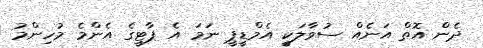
ދެން އޮތް އަނެއް ސުވާލަކީ އެމްޑީޕީ ނަމަ އެ ޕާޓީގެ އެންމެ މުހިންމު